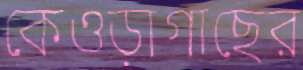
কেওড়াগাছের